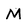
Character: M